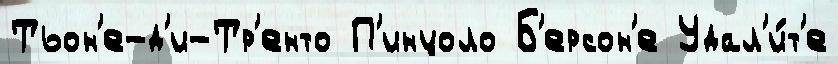
Тьон'е-д'и-Тр'енто П'инцоло Б'ерсон'е Удал'и́т'е